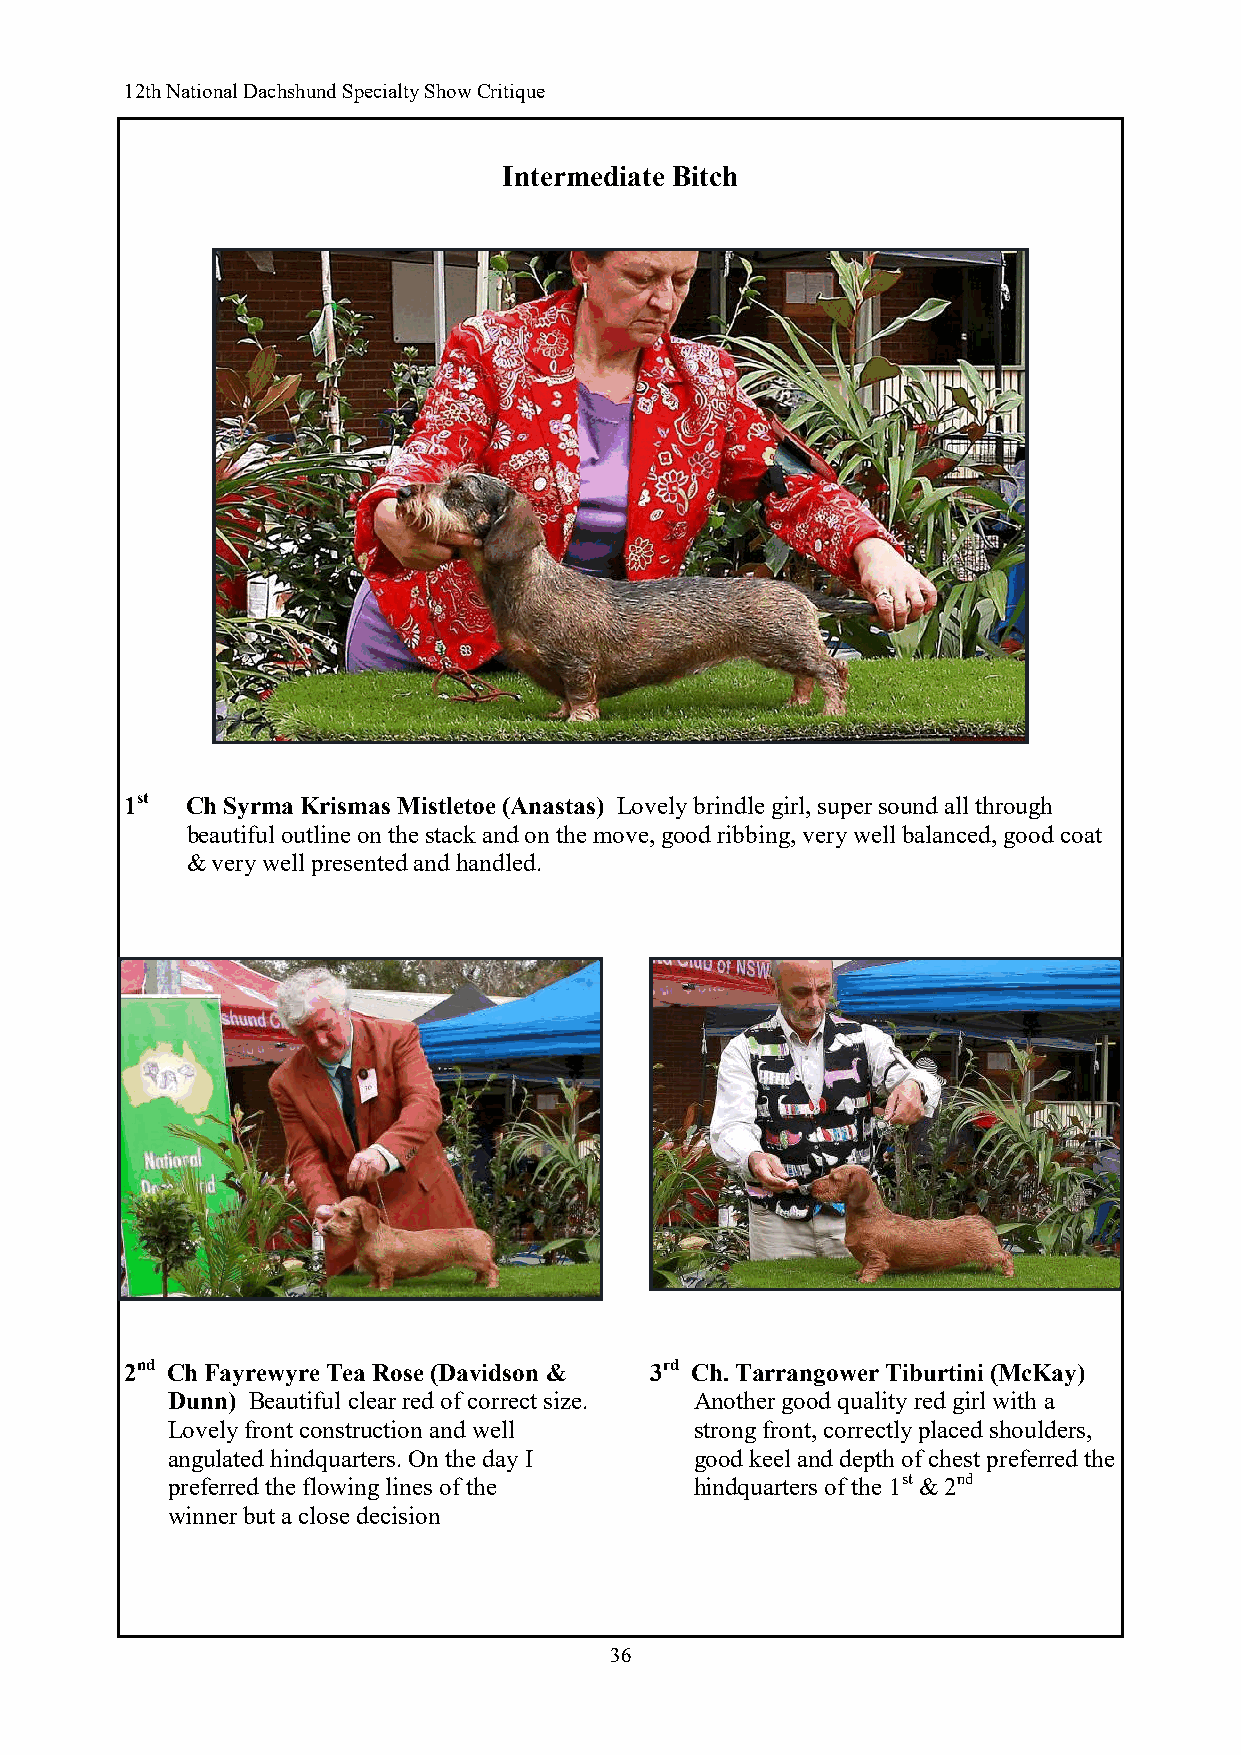
12th National Dachshund Specialty Show Critique
 Intermediate Bitch
 1st Ch Syrma Krismas Mistletoe (Anastas) Lovely brindle girl, super sound all through
 beautiful outline on the stack and on the move, good ribbing, very well balanced, good coat
 & very well presented and handled.
 2nd Ch Fayrewyre Tea Rose (Davidson & 3rd Ch. Tarrangower Tiburtini (McKay)
 Dunn) Beautiful clear red of correct size. Another good quality red girl with a
 Lovely front construction and well strong front, correctly placed shoulders,
 angulated hindquarters. On the day I good keel and depth of chest preferred the
 preferred the flowing lines of the hindquarters of the 1st & 2nd
 winner but a close decision
 36